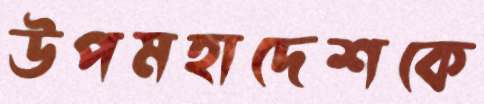
উপমহাদেশকে